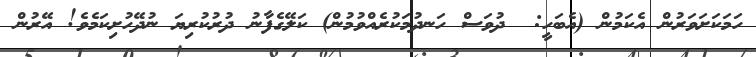
ހަމަކަށަވަރުން އެކަމުން (އެބަހީ:  ދުވަސް ހަނދުމަކުރެއްވުމުން) ކަލޭގެފާނު ދުރުކުރިޔަ ނުދޭހުށިކަމެވެ! އޭރުން